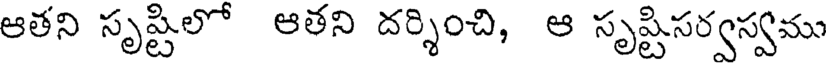
ఆతని సృష్టిలో ఆతని దర్శించి, ఆ సృష్టిసర్వస్వము